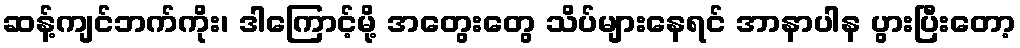
ဆန့်ကျင်ဘက်ကိုး၊ ဒါကြောင့်မို့ အတွေးတွေ သိပ်များနေရင် အာနာပါန ပွားပြီးတော့